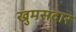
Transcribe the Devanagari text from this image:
खुमसदार